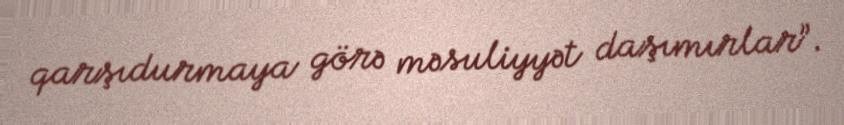
qarşıdurmaya görə məsuliyyət daşımırlar”.